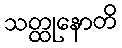
သတ္ထုနောတိ